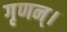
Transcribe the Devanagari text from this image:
गृणन्।